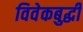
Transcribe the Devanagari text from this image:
विवेकबुद्धी